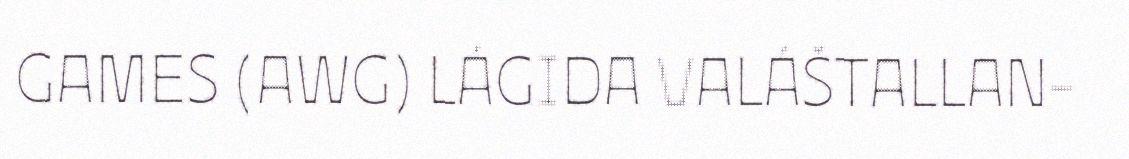
GAMES (AWG) LÁGIDA VALÁŠTALLAN-